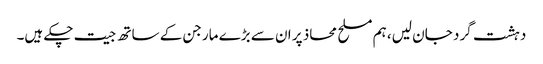
دہشت گرد جان لیں، ہم مسلح محاذ پر ان سے بڑے مارجن کے ساتھ جیت چکے ہیں۔